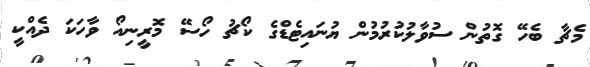
މެޗާ ބެހޭ ގޮތުން ސުވާލުކުރުމުން ޔުނައިޓެޑްގެ ކޯޗު ހޯސޭ މޮރީނިއޯ ވާހަކަ ދެއްކީ